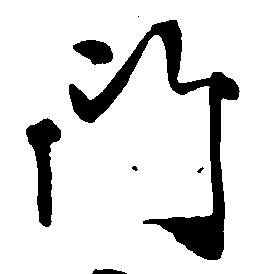
門